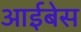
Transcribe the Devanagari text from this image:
आईबेस